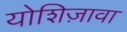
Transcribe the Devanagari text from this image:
योशिज़ावा